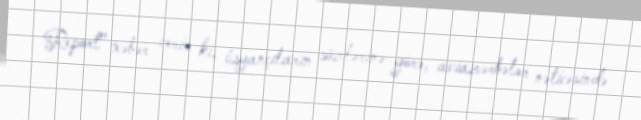
Report" xəbər verir ki, üsyançıların sözlərinə görə, aviazərbələr nəticəsində